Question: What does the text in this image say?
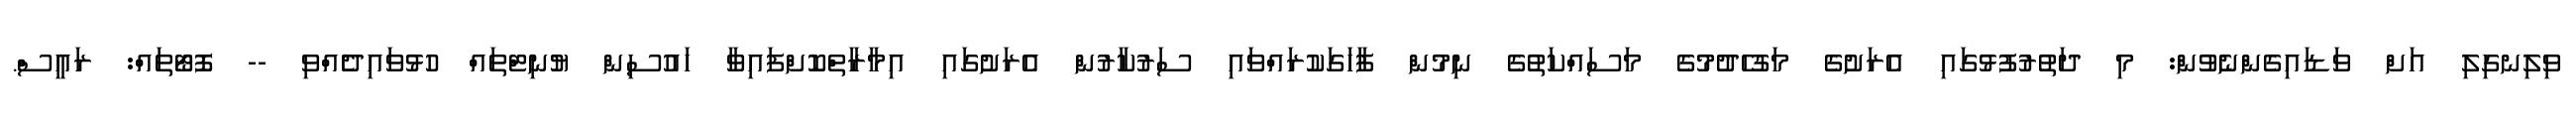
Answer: ވިލިނގިލި އަށް ވަޑައިގެންނެވުން: މި ދަތުރުފުޅުގައި އެރަށުގެ މަގުހެދުމުގެ މަސައްކަތުގެ ނިމުން ފާހަގަކުރައްވައި ސަރުކާރުން އެރަށުގައި އިމާރާތްކޮށްފައިވާ ހައުސިން ޔުނިޓްތައް ހުޅުވައިދެެއްވި -- ފޮޓޯތައް: ރައީސް.